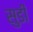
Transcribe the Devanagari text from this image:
सुडी